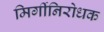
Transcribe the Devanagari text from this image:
मिर्गीनिरोधक